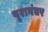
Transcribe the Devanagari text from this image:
पूरानंतर